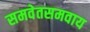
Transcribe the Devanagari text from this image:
समवेतसमवाय